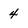
Character: 4